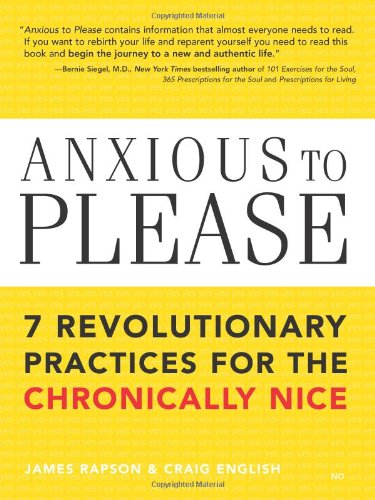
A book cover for Anxious to Please: 7 Revolutionary Practices for the Chronically Nice; James Rapson; Self-Help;